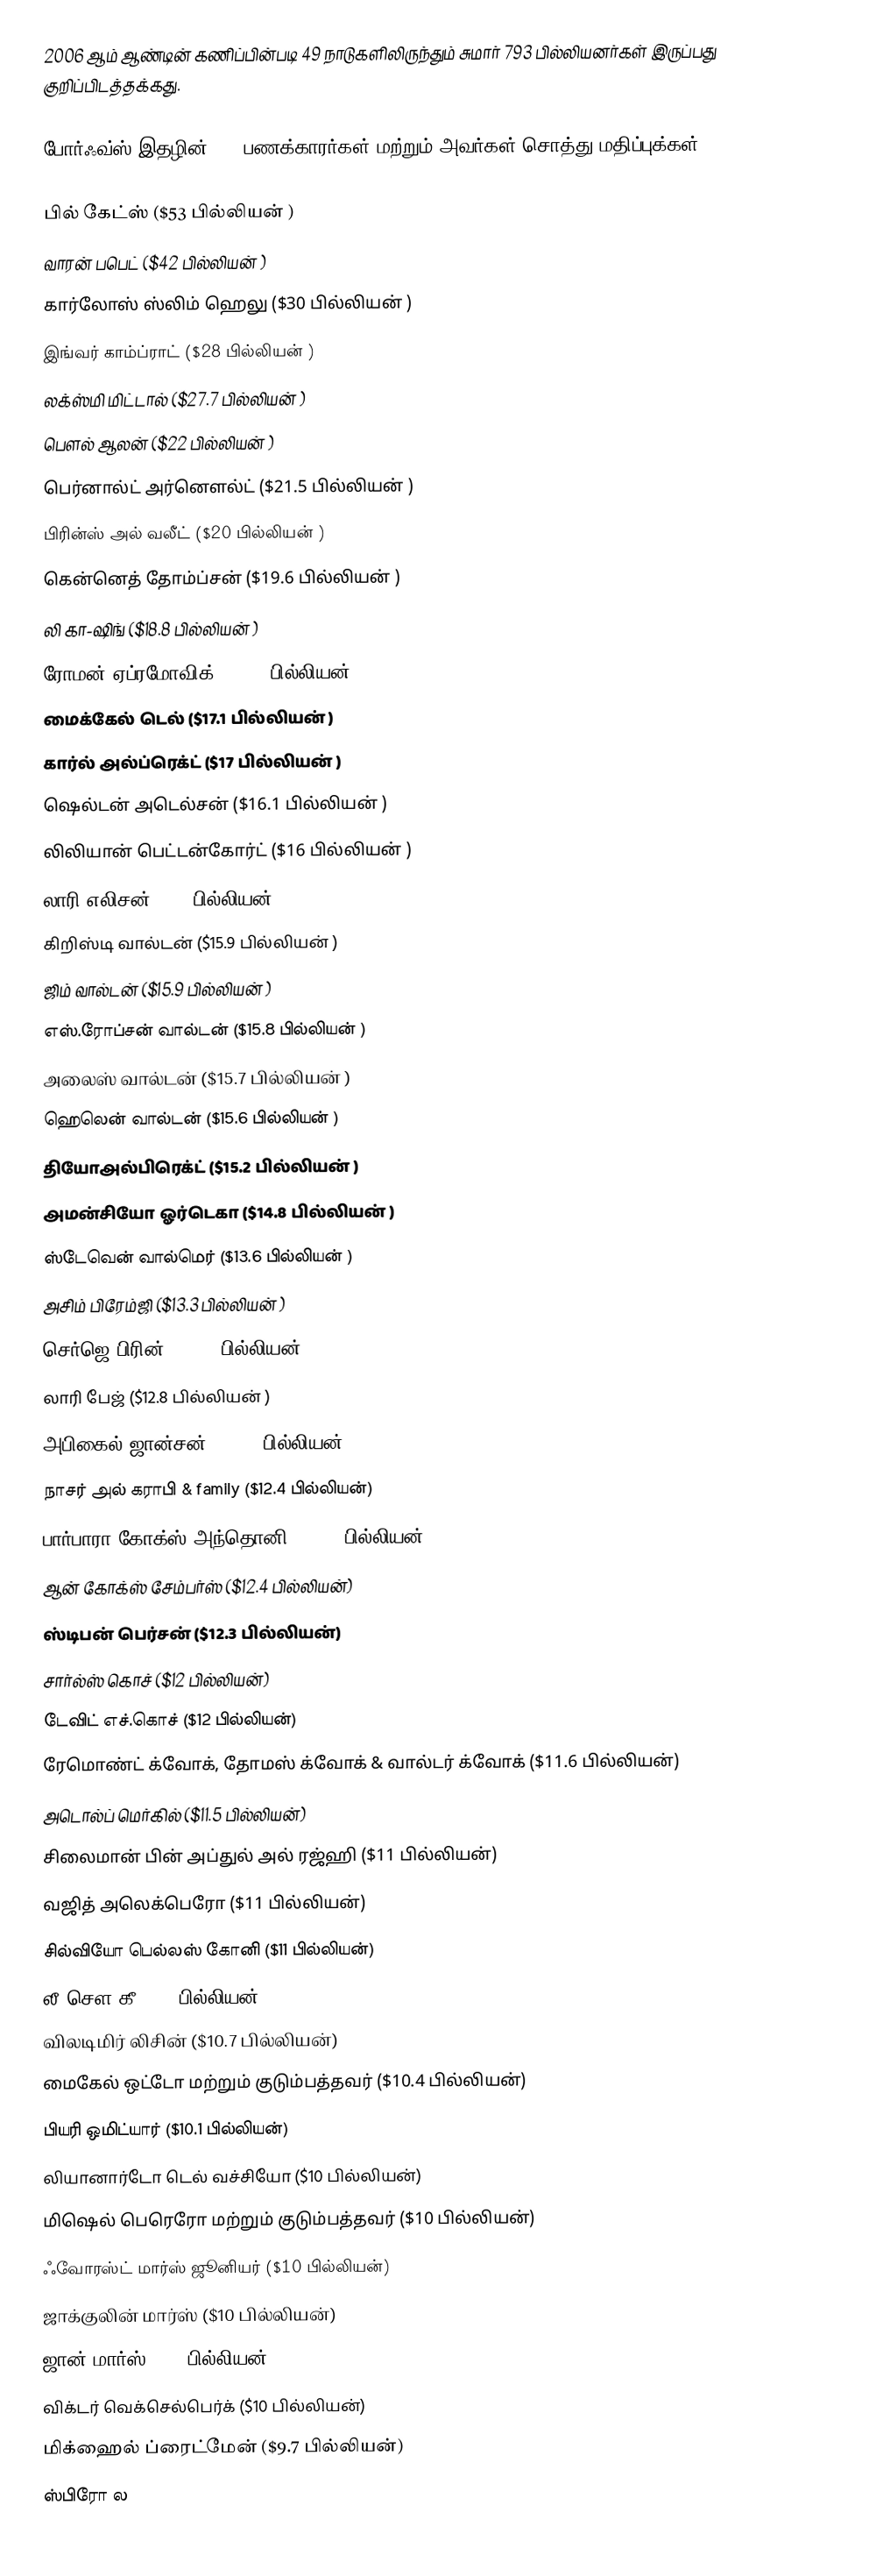
2006 ஆம் ஆண்டின் கணிப்பின்படி 49 நாடுகளிலிருந்தும் சுமார் 793 பில்லியனர்கள் இருப்பது குறிப்பிடத்தக்கது.

போர்ஃவ்ஸ் இதழின் 200 பணக்காரர்கள் மற்றும் அவர்கள் சொத்து மதிப்புக்கள்

பில் கேட்ஸ் ($53 பில்லியன் )
வாரன் பபெட் ($42 பில்லியன் )
கார்லோஸ் ஸ்லிம் ஹெலு ($30 பில்லியன் )
இங்வர் காம்ப்ராட் ($28 பில்லியன் )
லக்ஸ்மி மிட்டால் ($27.7 பில்லியன் )
பௌல் ஆலன் ($22 பில்லியன் )
பெர்னால்ட் அர்னௌல்ட் ($21.5 பில்லியன் )
பிரின்ஸ் அல் வலீட் ($20 பில்லியன் )
கென்னெத் தோம்ப்சன் ($19.6 பில்லியன் )
லி கா-ஷிங் ($18.8 பில்லியன் )
ரோமன் ஏப்ரமோவிக் ($18.2 பில்லியன் )
மைக்கேல் டெல் ($17.1 பில்லியன் )
கார்ல் அல்ப்ரெக்ட் ($17 பில்லியன் )
ஷெல்டன் அடெல்சன் ($16.1 பில்லியன் )
லிலியான் பெட்டன்கோர்ட் ($16 பில்லியன் )
லாரி எலிசன் ($16 பில்லியன் )
கிறிஸ்டி வால்டன் ($15.9 பில்லியன் )
ஜிம் வால்டன் ($15.9 பில்லியன் )
எஸ்.ரோப்சன் வால்டன் ($15.8 பில்லியன் )
அலைஸ் வால்டன் ($15.7 பில்லியன் )
ஹெலென் வால்டன் ($15.6 பில்லியன்  )
தியோஅல்பிரெக்ட் ($15.2 பில்லியன் )
அமன்சியோ ஓர்டெகா ($14.8 பில்லியன் )
ஸ்டேவென் வால்மெர் ($13.6 பில்லியன் )
அசிம் பிரேம்ஜி ($13.3 பில்லியன் )
செர்ஜெ பிரின் ($12.9 பில்லியன் )
லாரி பேஜ் ($12.8 பில்லியன் )
அபிகைல் ஜான்சன் ($12.5 பில்லியன்)
நாசர் அல் கராபி & family ($12.4 பில்லியன்)
பார்பாரா கோக்ஸ் அந்தொனி ($12.4 பில்லியன்)
ஆன் கோக்ஸ் சேம்பர்ஸ் ($12.4 பில்லியன்)
ஸ்டிபன் பெர்சன் ($12.3 பில்லியன்)
சார்ல்ஸ் கொச் ($12 பில்லியன்)
டேவிட் எச்.கொச் ($12 பில்லியன்)
ரேமொண்ட் க்வோக், தோமஸ் க்வோக் & வால்டர் க்வோக் ($11.6 பில்லியன்)
அடொல்ப் மெர்கில் ($11.5 பில்லியன்)
சிலைமான் பின் அப்துல் அல் ரஜ்ஹி ($11 பில்லியன்)
வஜித் அலெக்பெரோ ($11 பில்லியன்)
சில்வியோ பெல்லஸ் கோனி ($11 பில்லியன்)
லீ சௌ கீ ($11 பில்லியன்)
விலடிமிர் லிசின் ($10.7 பில்லியன்)
மைகேல் ஒட்டோ மற்றும் குடும்பத்தவர் ($10.4 பில்லியன்)
பியரி ஒமிட்யார் ($10.1 பில்லியன்)
லியானார்டோ டெல் வச்சியோ ($10 பில்லியன்)
மிஷெல் பெரெரோ மற்றும் குடும்பத்தவர் ($10 பில்லியன்)
ஃவோரஸ்ட் மார்ஸ் ஜூனியர் ($10 பில்லியன்)
ஜாக்குலின் மார்ஸ் ($10 பில்லியன்)
ஜான் மார்ஸ் ($10 பில்லியன்)
விக்டர் வெக்செல்பெர்க் ($10 பில்லியன்)
மிக்ஹைல் ப்ரைட்மேன் ($9.7 பில்லியன்)
ஸ்பிரோ ல